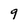
Character: 9